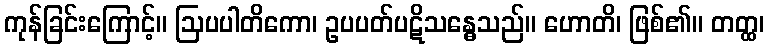
ကုန်ခြင်းကြောင့်။ ဩပပါတိကော၊ ဥပပတ်ပဋိသန္ဓေသည်။ ဟောတိ၊ ဖြစ်၏။ တတ္ထ၊